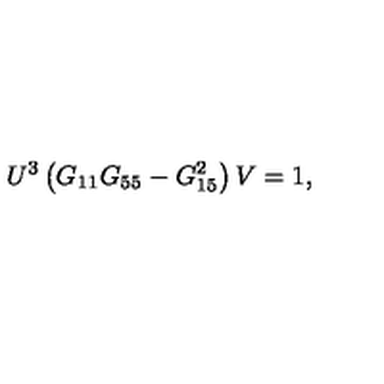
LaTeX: U ^ { 3 } \left( G _ { 1 1 } G _ { 5 5 } - G _ { 1 5 } ^ { 2 } \right) V = 1 ,